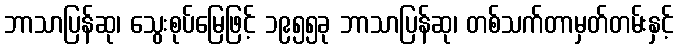
ဘာသာပြန်ဆု၊ သွေးစုပ်မြေဖြင့် ၁၉၅၅ခု ဘာသာပြန်ဆု၊ တစ်သက်တာမှတ်တမ်းနှင့်